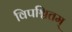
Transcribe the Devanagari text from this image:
विपश्चितम्